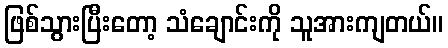
ဖြစ်သွားပြီးတော့ သံချောင်းကို သူအားကျတယ်။